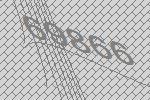
69866